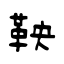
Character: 鞅